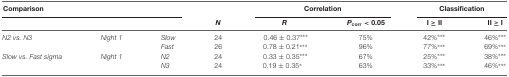
<table><thead><tr><td colspan="3"><b>Comparison</b></td><td></td><td colspan="2"><b>Correlation</b></td><td colspan="2"><b>Classification</b></td></tr><tr><td></td><td></td><td></td><td><b><i>N</i></b></td><td><b><i>R</i></b></td><td><b><i>P</i><sub>corr</sub> &lt; 0.05</b></td><td><b>I ≥ II</b></td><td><b>II ≥ I</b></td></tr></thead><tbody><tr><td><i>N2 vs. N3</i></td><td><i>Night 1</i></td><td><i>Slow</i></td><td>24</td><td>0.46 ± 0.37***</td><td>75%</td><td>42%***</td><td>46%***</td></tr><tr><td></td><td></td><td><i>Fast</i></td><td>26</td><td>0.78 ± 0.21***</td><td>96%</td><td>77%***</td><td>69%***</td></tr><tr><td><i>Slow vs. Fast sigma</i></td><td><i>Night 1</i></td><td><i>N2</i></td><td>24</td><td>0.33 ± 0.35***</td><td>67%</td><td>25%***</td><td>38%***</td></tr><tr><td></td><td></td><td><i>N3</i></td><td>24</td><td>0.19 ± 0.35*</td><td>63%</td><td>33%***</td><td>46%***</td></tr></tbody></table>